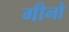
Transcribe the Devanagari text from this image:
गीनो